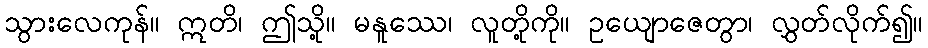
သွားလေကုန်။ ဣတိ၊ ဤသို့။ မနူဿေ၊ လူတို့ကို။ ဥယျောဇေတွာ၊ လွှတ်လိုက်၍။